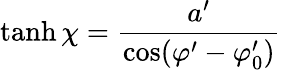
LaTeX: \operatorname{tanh}\chi=\frac{a^{\prime}}{\cos(\varphi^{\prime}-\varphi_{0}^{\prime})}